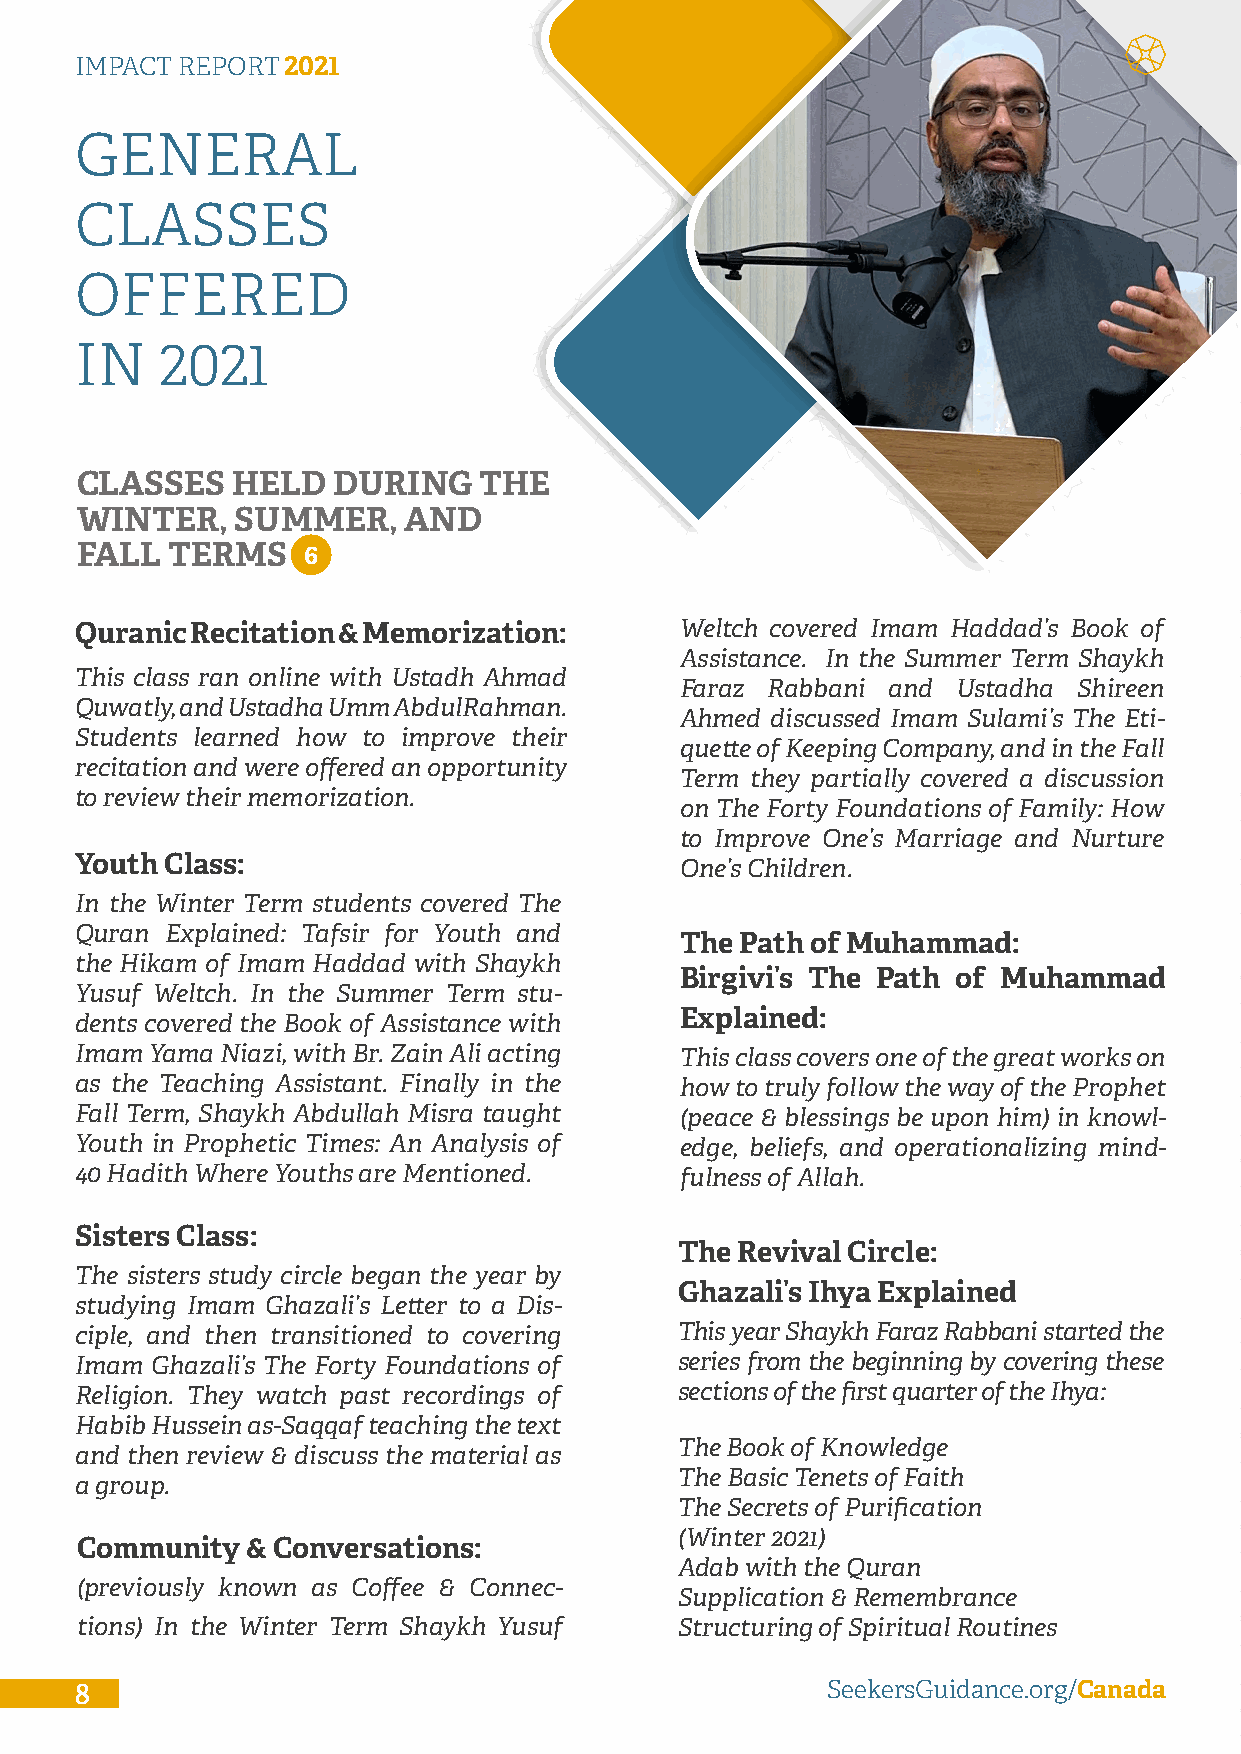
IMPACT REPORT2021
 GENERAL
 CLASSES
 OFFERED
 IN    2021
 CLASSES   HELD   DURING    THE
 WINTER,    SUMMER,    AND
 FALL  TERMS    6
 Quranic Recitation & Memorization:      Weltch covered Imam Haddad’s Book of
 Assistance. In the Summer Term Shaykh
 This class ran online with Ustadh Ahmad
 Faraz Rabbani and Ustadha Shireen
 Quwatly, and Ustadha Umm AbdulRahman.
 Ahmed discussed Imam Sulami’s The Eti-
 Students learned how to improve their
 quette of Keeping Company, and in the Fall
 recitation and were offered an opportunity
 Term they partially covered a discussion
 to review their memorization.
 on The Forty Foundations of Family: How
 to Improve One’s Marriage and Nurture
 Youth Class:                            One’s Children.
 In the Winter Term students covered The
 Quran Explained: Tafsir for Youth and
 The Path of Muhammad:
 the Hikam of Imam Haddad with Shaykh
 Birgivi’s The Path of Muhammad
 Yusuf Weltch. In the Summer Term stu-
 Explained:
 dents covered the Book of Assistance with
 Imam Yama Niazi, with Br. Zain Ali acting This class covers one of the great works on
 as the Teaching Assistant. Finally in the how to truly follow the way of the Prophet
 Fall Term, Shaykh Abdullah Misra taught (peace & blessings be upon him) in knowl-
 Youth in Prophetic Times: An Analysis of edge, beliefs, and operationalizing mind-
 40 Hadith Where Youths are Mentioned.   fulness of Allah.
 Sisters Class:
 The Revival Circle:
 The sisters study circle began the year by
 Ghazali’s Ihya Explained
 studying Imam Ghazali’s Letter to a Dis-
 ciple, and then transitioned to covering This year Shaykh Faraz Rabbani started the
 Imam Ghazali’s The Forty Foundations of series from the beginning by covering these
 Religion. They watch past recordings of sections of the first quarter of the Ihya:
 Habib Hussein as-Saqqaf teaching the text
 The Book of Knowledge
 and then review & discuss the material as
 The Basic Tenets of Faith
 a group.
 The Secrets of Purification
 (Winter 2021)
 Community  & Conversations:
 Adab with the Quran
 (previously known as Coffee & Connec-
 Supplication & Remembrance
 tions) In the Winter Term Shaykh Yusuf  Structuring of Spiritual Routines
 8                                                 SeekersGuidance.org/Canada